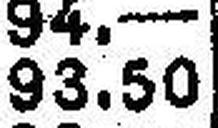
93.50